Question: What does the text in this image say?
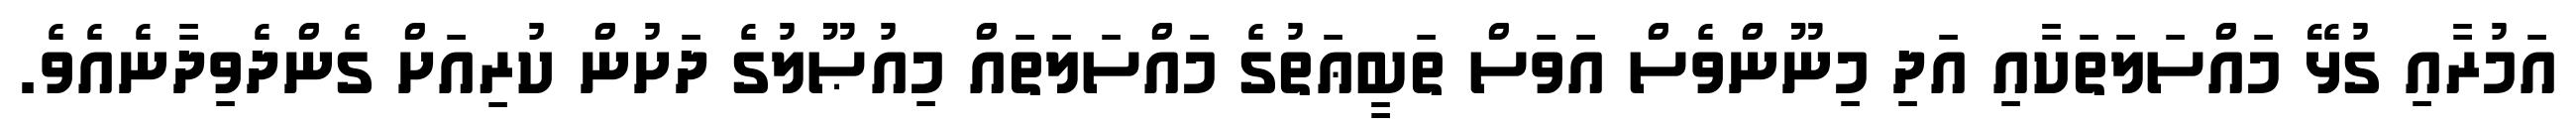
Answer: އަމުރާއި ގުޅޭ މައްސަލަތަކާއި އަދި މިނޫންވެސް އަވަސް ތަބީޢަތުގެ މައްސަލަތައް މިއުޞޫލުގެ ދަށުން ކުރިއަށް ގެންދެވިދާނެއެވެ.